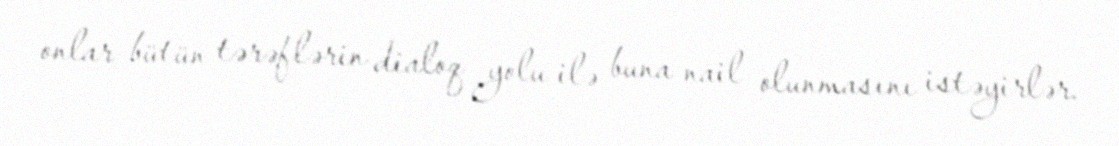
onlar bütün tərəflərin dialoq yolu ilə buna nail olunmasını istəyirlər.